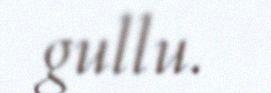
gullu.